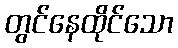
တွင်နေထိုင်သော